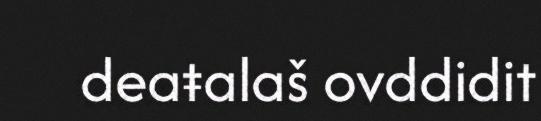
deaŧalaš ovddidit